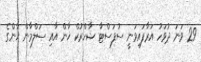
29 ވަނަ ދުވަހު އަރާފައިވަނީ ސުފަސްޓާ ޝާހްރުކް ޚާން އާއި ސަލްމާން ޚާންގެ